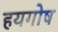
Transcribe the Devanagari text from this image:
हयगोष